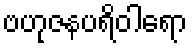
ဗဟုဇနပရိဝါရော